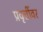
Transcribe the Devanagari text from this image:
प्रवृत्तींवर